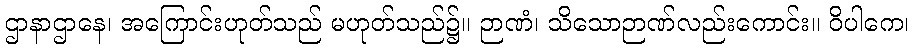
ဌာနာဌာနေ၊ အကြောင်းဟုတ်သည် မဟုတ်သည်၌။ ဉာဏံ၊ သိသောဉာဏ်လည်းကောင်း။ ဝိပါကေ၊